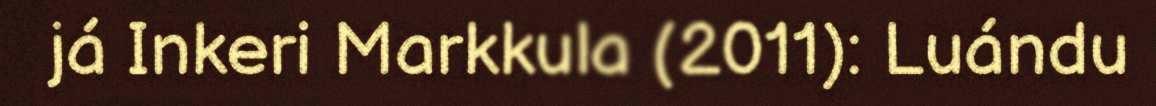
já Inkeri Markkula (2011): Luándu